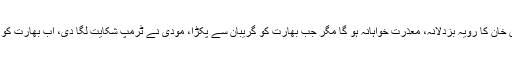
مودی کا خیال تھا کہ کشمیر معاملے پر عمران خان کا رویہ بزدلانہ، معذرت خواہانہ ہو گا مگر جب بھارت کو گریبان سے پکڑا، مودی نے ٹرمپ شکایت لگا دی، اب بھارت کو ٹکڑے ہونے سے کوئی نہیں بچا سکتا کیونکہ۔